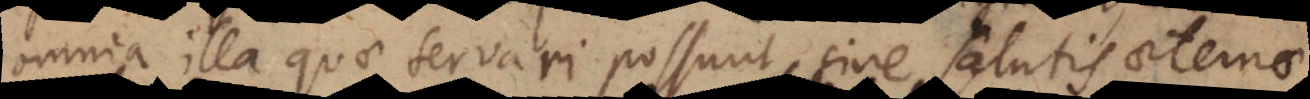
omnia illa quae servari possunt, sine salutis aeternae